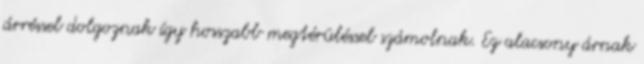
árréssel dolgoznak így hosszabb megtérüléssel számolnak. Ez alacsony árnak